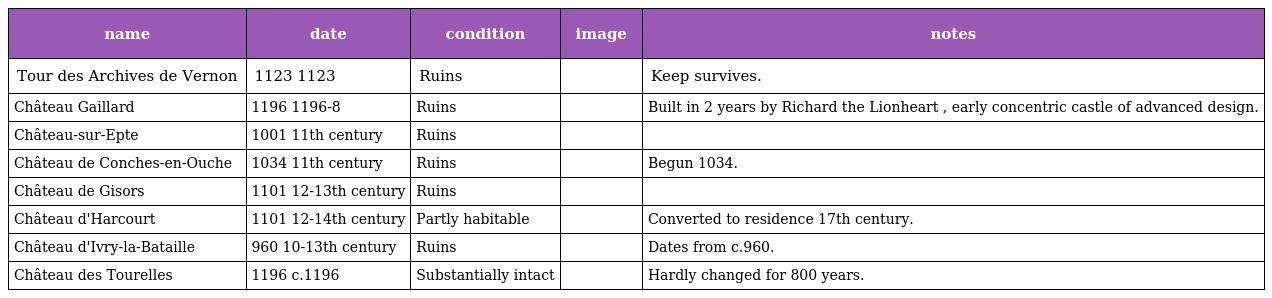
| name | date | condition | image | notes |
 | --- | --- | --- | --- | --- |
 | Tour des Archives de Vernon | 1123 1123 | Ruins |  | Keep survives. |
 | Château Gaillard | 1196 1196-8 | Ruins |  | Built in 2 years by Richard the Lionheart , early concentric castle of advanced design. |
 | Château-sur-Epte | 1001 11th century | Ruins |  |  |
 | Château de Conches-en-Ouche | 1034 11th century | Ruins |  | Begun 1034. |
 | Château de Gisors | 1101 12-13th century | Ruins |  |  |
 | Château d'Harcourt | 1101 12-14th century | Partly habitable |  | Converted to residence 17th century. |
 | Château d'Ivry-la-Bataille | 960 10-13th century | Ruins |  | Dates from c.960. |
 | Château des Tourelles | 1196 c.1196 | Substantially intact |  | Hardly changed for 800 years. |